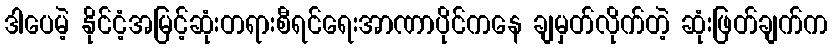
ဒါပေမဲ့ နိုင်ငံ့အမြင့်ဆုံးတရားစီရင်ရေးအာဏာပိုင်ကနေ ချမှတ်လိုက်တဲ့ ဆုံးဖြတ်ချက်က